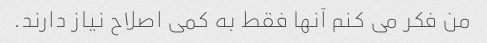
من فکر می کنم آنها فقط به کمی اصلاح نیاز دارند.